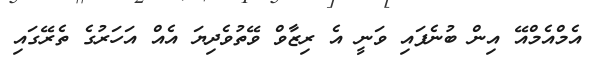
އެމްއެމްއޭ އިން ބުނެފައި ވަނީ އެ ރިޒާވް ވޭތުވެދިޔަ އެއް އަހަރުގެ ތެރޭގައި